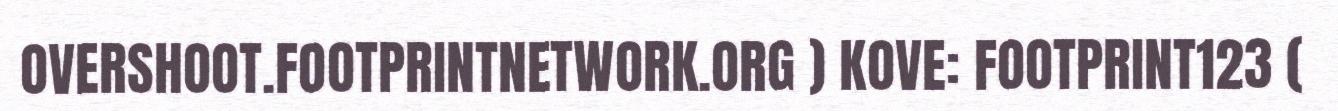
OVERSHOOT.FOOTPRINTNETWORK.ORG ) KOVE: FOOTPRINT123 (